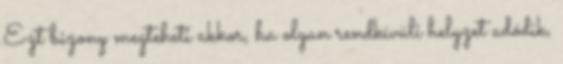
Ezt bizony megteheti akkor, ha olyan rendkívüli helyzet adódik,